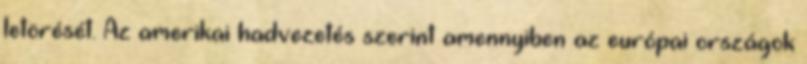
letörését. Az amerikai hadvezetés szerint amennyiben az európai országok